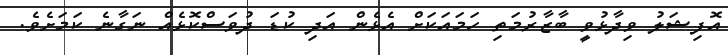
އޮފިޝަލު ވިދާޅުވީ ބާޒާރުމަތި ހަމައަކަށް އެޅެން އަދި ކުޑަ ދުވަސްކޮޅެއް ނަގާނެ ކަމަށެވެ.